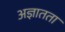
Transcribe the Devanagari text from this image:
अज्ञातता